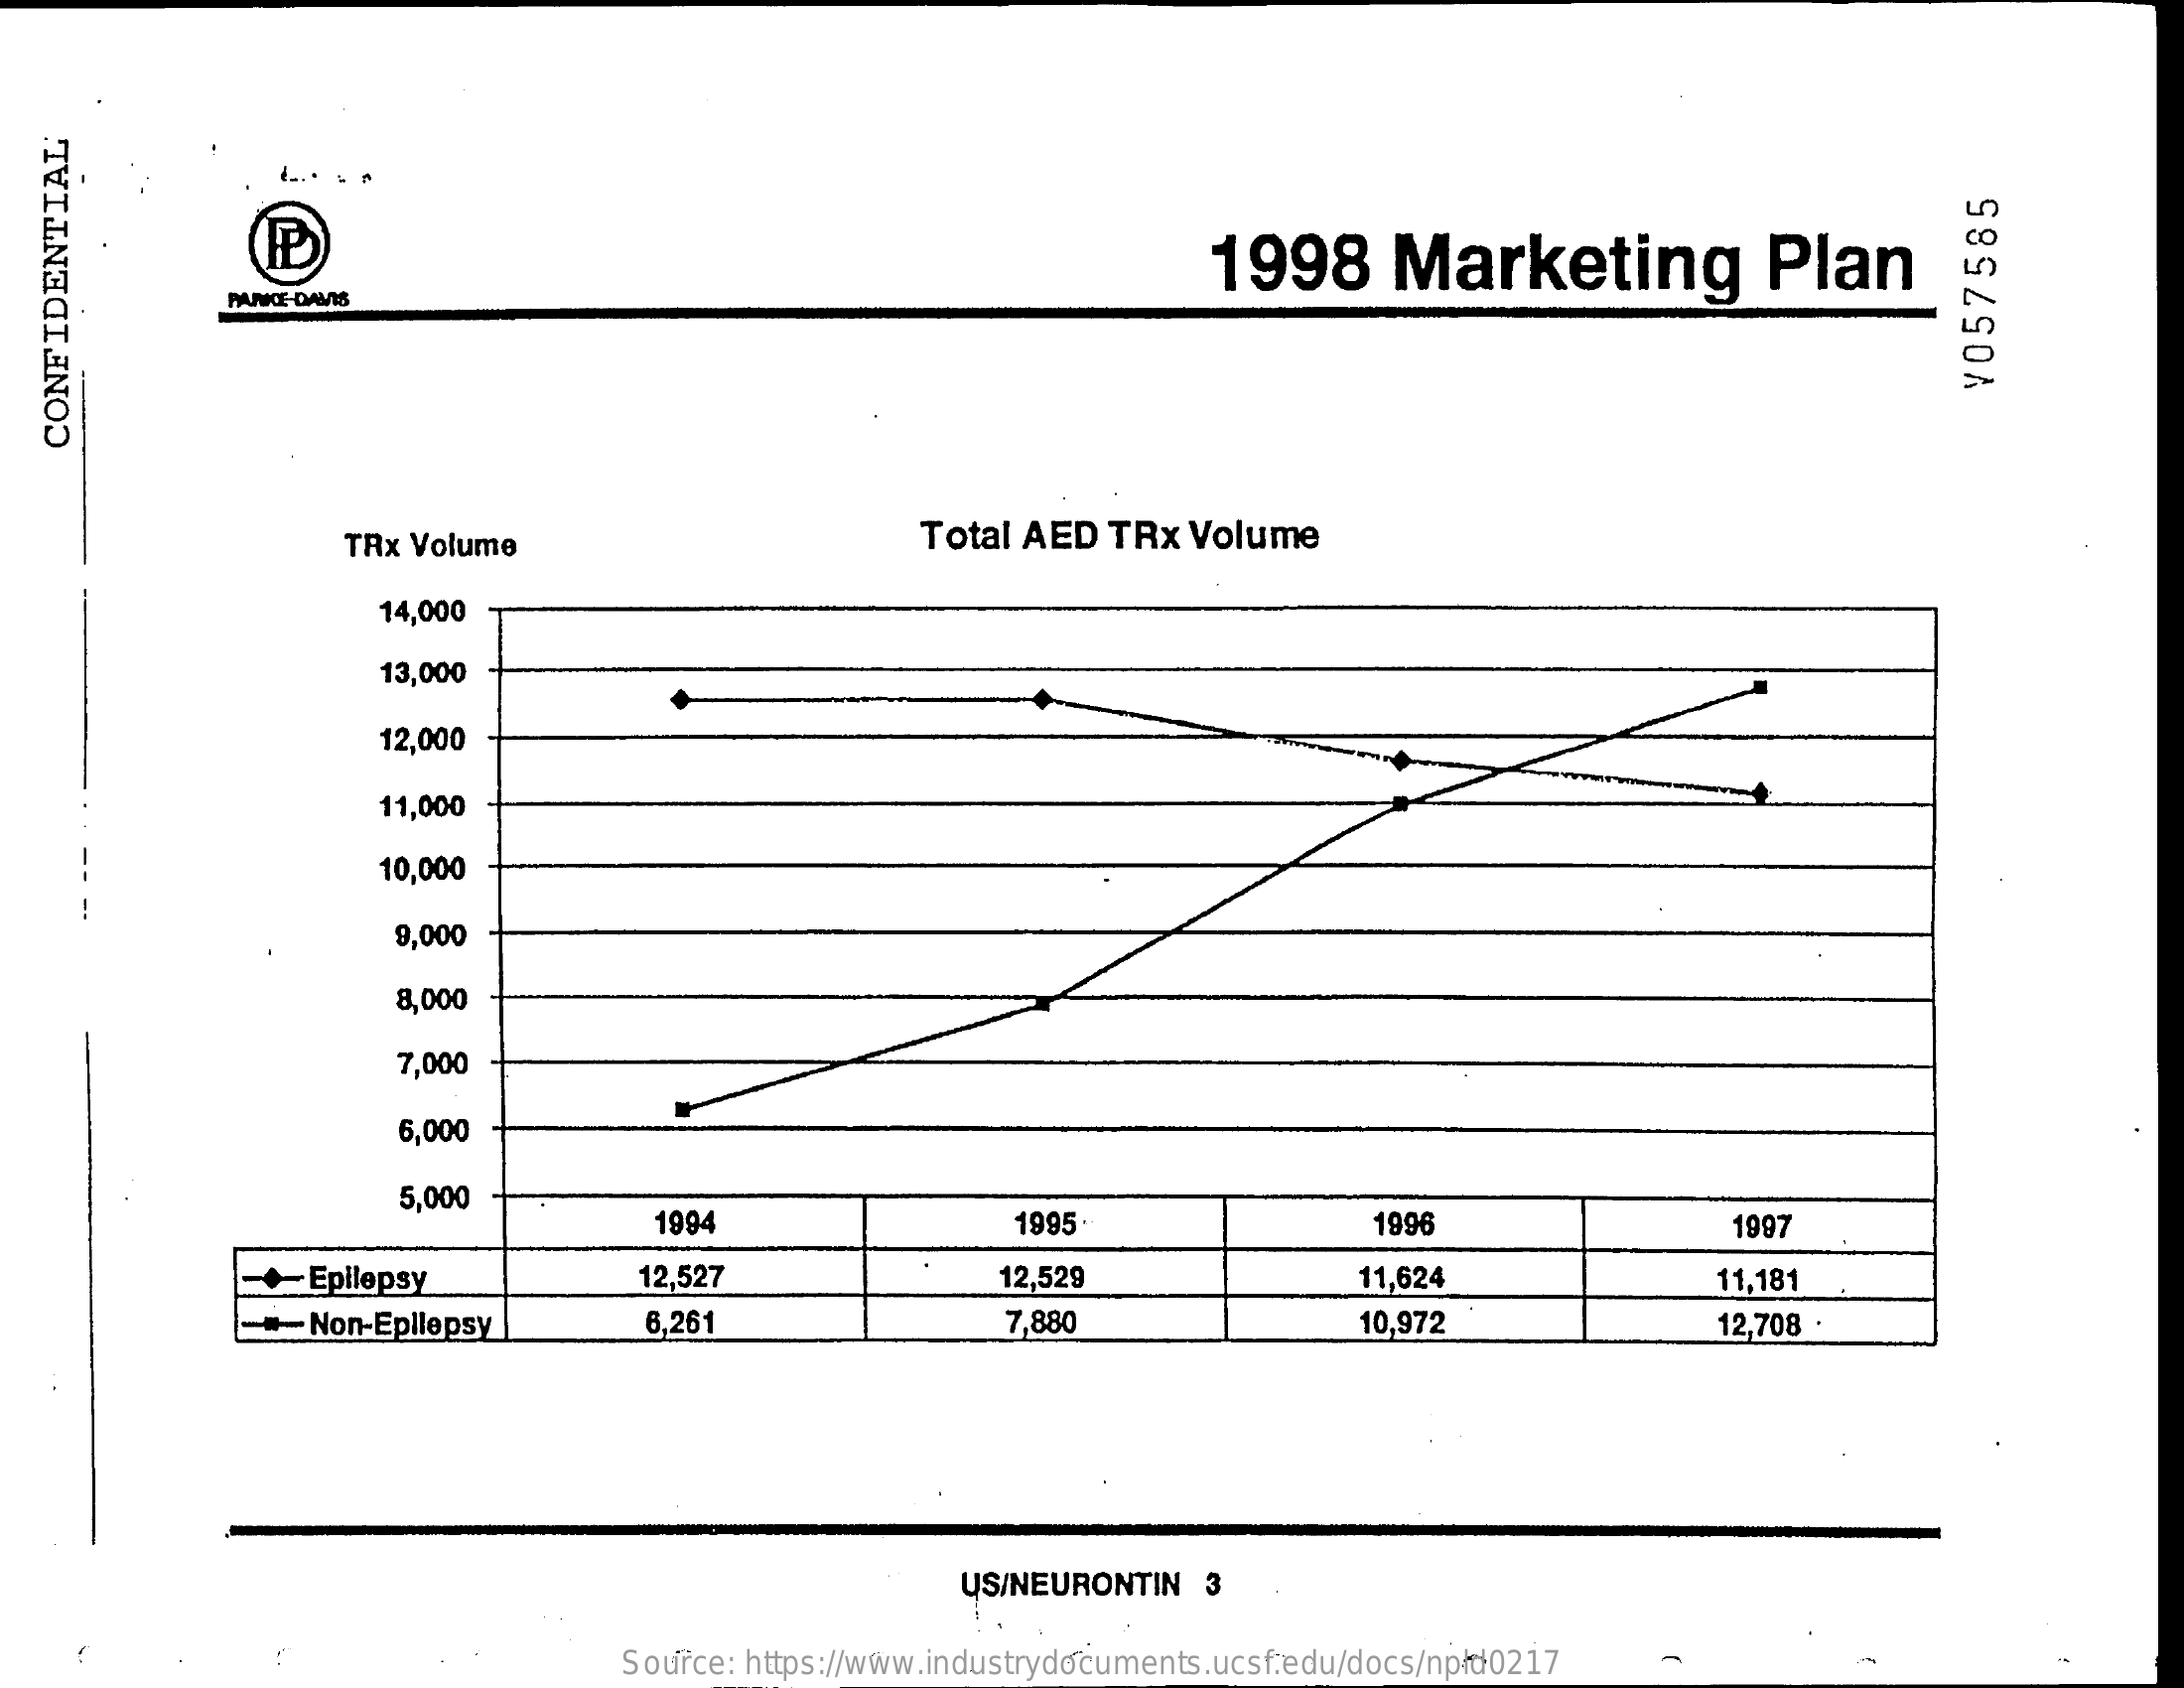
1998    Marketing    Plan
     FUNKCE-DANS    ¥057585 CONFIDENTIAL
     TRx Volume    Total AED   TRx  Volume
     14,000
     13,000
     12,000
     11,000
     10,000
     9,000
     8,000
     7,000
     6,000
     5,000
     1994    1995    1996    1997
     +  Epilepsy    12,527    12,529    11,624    11,181
     Non-Epilepsy    6,261    7.880    10,972    12,708 .
     US/NEURONTIN   3
     Source: https://www.industrydocuments.ucsf.edu/docs/npld0217